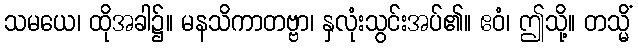
သမယေ၊ ထိုအခါ၌။ မနသိကာတဗ္ဗာ၊ နှလုံးသွင်းအပ်၏။ ဧဝံ၊ ဤသို့။ တသ္မိံ